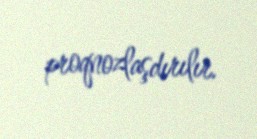
proqnozlaşdırılır.